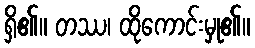
ရှိ၏။ တဿ၊ ထိုကောင်းမှု၏။